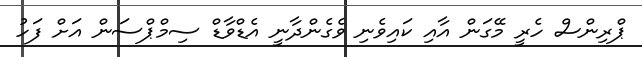
ޕްރިންސް ހެރީ މޭގަން އާއި ކައިވެނި ވެގެންދާނީ އެޑްވާޑް ސިމްޕްސަން އަށް ފަހު